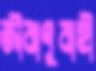
জীবাণুবাহী